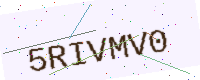
Text: 5RIVMV0